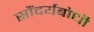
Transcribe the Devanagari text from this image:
सौंदर्यबोधी